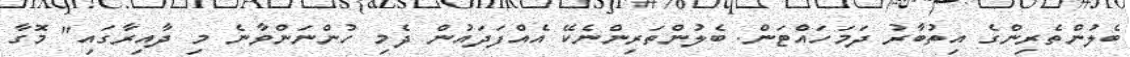
ބެލުންތެރިންގެ އިތުބާރު ދަމަހައްޓަން. ބެލުންތަރިންނެކޭ އެއްފަދައުން ދެމި ހުންނަންވާނެ މި ދާއިރާގައި" މޮގާ